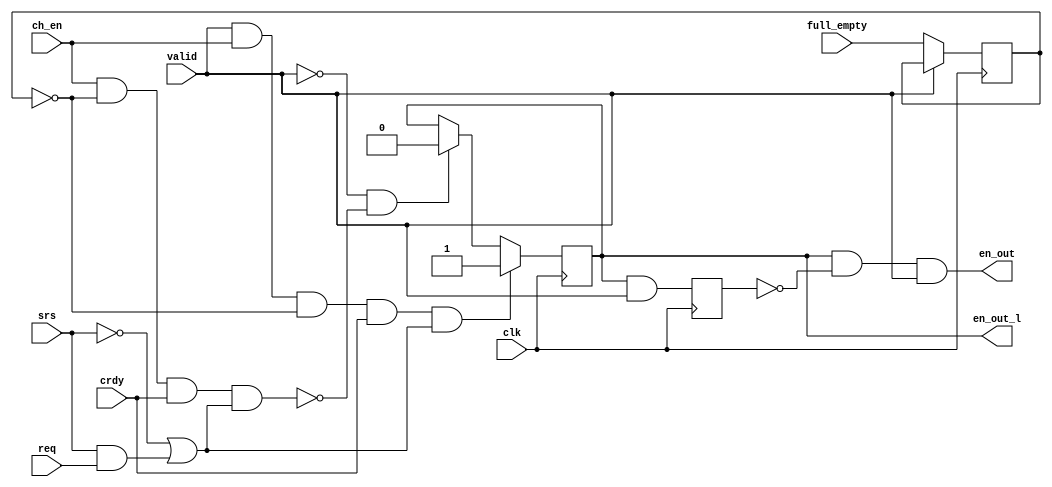
/////////////////////////////////////////////////////////////////////
////                                                             ////
////  WISHBONE AC 97 Controller                                  ////
////  FIFO Control Module                                        ////
////                                                             ////
////                                                             ////
////          rudi@asics.ws                                      ////
////                                                             ////
////                                                             ////
////  Downloaded from: http://www.opencores.org/cores/ac97_ctrl/ ////
////                                                             ////
/////////////////////////////////////////////////////////////////////
////                                                             ////
//// Copyright (C) 2000-2002 Rudolf Usselmann                    ////
////                         www.asics.ws                        ////
////                         rudi@asics.ws                       ////
////                                                             ////
//// This source file may be used and distributed without        ////
//// restriction provided that this copyright statement is not   ////
//// removed from the file and that any derivative work contains ////
//// the original copyright notice and the associated disclaimer.////
////                                                             ////
////     THIS SOFTWARE IS PROVIDED ``AS IS'' AND WITHOUT ANY     ////
//// EXPRESS OR IMPLIED WARRANTIES, INCLUDING, BUT NOT LIMITED   ////
//// TO, THE IMPLIED WARRANTIES OF MERCHANTABILITY AND FITNESS   ////
//// FOR A PARTICULAR PURPOSE. IN NO EVENT SHALL THE AUTHOR      ////
//// OR CONTRIBUTORS BE LIABLE FOR ANY DIRECT, INDIRECT,         ////
//// INCIDENTAL, SPECIAL, EXEMPLARY, OR CONSEQUENTIAL DAMAGES    ////
//// (INCLUDING, BUT NOT LIMITED TO, PROCUREMENT OF SUBSTITUTE   ////
//// GOODS OR SERVICES; LOSS OF USE, DATA, OR PROFITS; OR        ////
//// BUSINESS INTERRUPTION) HOWEVER CAUSED AND ON ANY THEORY OF  ////
//// LIABILITY, WHETHER IN  CONTRACT, STRICT LIABILITY, OR TORT  ////
//// (INCLUDING NEGLIGENCE OR OTHERWISE) ARISING IN ANY WAY OUT  ////
//// OF THE USE OF THIS SOFTWARE, EVEN IF ADVISED OF THE         ////
//// POSSIBILITY OF SUCH DAMAGE.                                 ////
////                                                             ////
/////////////////////////////////////////////////////////////////////

//  CVS Log
//
//  $Id: ac97_fifo_ctrl.v,v 1.3 2002-09-19 06:30:56 rudi Exp $
//
//  $Date: 2002-09-19 06:30:56 $
//  $Revision: 1.3 $
//  $Author: rudi $
//  $Locker:  $
//  $State: Exp $
//
// Change History:
//               $Log: not supported by cvs2svn $
//               Revision 1.2  2002/03/05 04:44:05  rudi
//
//               - Fixed the order of the thrash hold bits to match the spec.
//               - Many minor synthesis cleanup items ...
//
//               Revision 1.1  2001/08/03 06:54:49  rudi
//
//
//               - Changed to new directory structure
//
//               Revision 1.1.1.1  2001/05/19 02:29:18  rudi
//               Initial Checkin
//
//
//
//


module ac97_fifo_ctrl(	clk, 
			valid, ch_en, srs, full_empty, req, crdy,
			en_out, en_out_l
			);
input		clk;
input		valid;
input		ch_en;		// Channel Enable
input		srs;		// Sample Rate Select
input		full_empty;	// Fifo Status
input		req;		// Codec Request
input		crdy;		// Codec Ready
output		en_out;		// Output read/write pulse
output		en_out_l;	// Latched Output

////////////////////////////////////////////////////////////////////
//
// Local Wires
//

reg	en_out_l, en_out_l2;
reg	full_empty_r;

////////////////////////////////////////////////////////////////////
//
// Misc Logic
//

always @(posedge clk)
	if(!valid)	full_empty_r <= #1 full_empty;

always @(posedge clk)
	if(valid & ch_en & !full_empty_r & crdy & (!srs | (srs & req) ) )
		en_out_l <= #1 1'b1;
	else
	if(!valid & !(ch_en & !full_empty_r & crdy & (!srs | (srs & req) )) )
		en_out_l <= #1 1'b0;

always @(posedge clk)
	en_out_l2 <= #1 en_out_l & valid;

assign en_out = en_out_l & !en_out_l2 & valid;

endmodule